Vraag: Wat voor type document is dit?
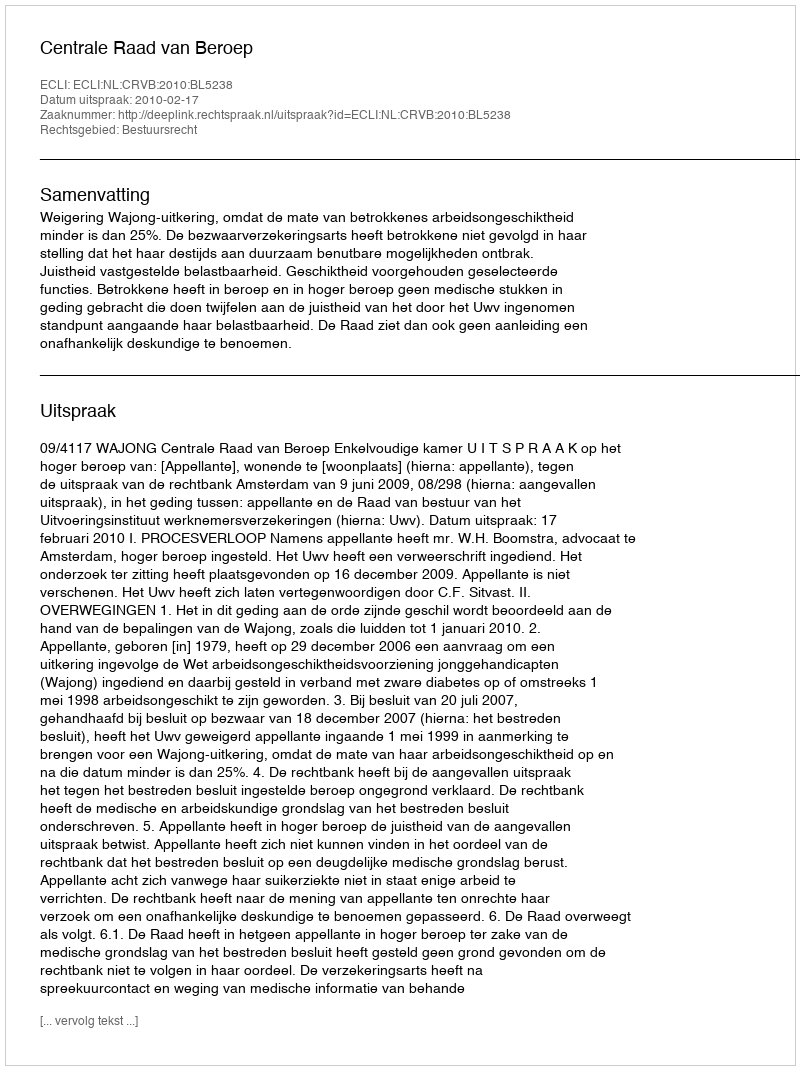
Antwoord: Uitspraak